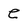
Character: e